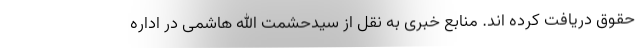
حقوق دریافت کرده اند. منابع خبری به نقل از سیدحشمت الله هاشمی در اداره